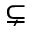
\subsetneq